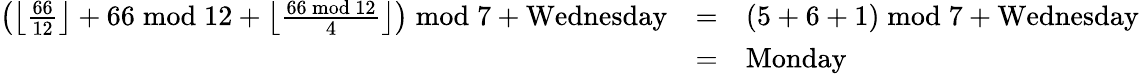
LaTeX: {\begin{array}{lll}{\left({\left\lfloor{\frac{66}{12}}\right\rfloor+66{\bmod{1}}2+\left\lfloor{\frac{66{\bmod{1}}2}{4}}\right\rfloor}\right){\bmod{7}}+\mathrm{{Wednesday}}}&{=}&{\left(5+6+1\right){\bmod{7}}+\mathrm{{Wednesday}}}\\ {\ }&{=}&{\mathrm{{Monday}}}\end{array}}